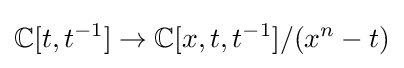
\mathbb {C} [t,t^{-1}]\to \mathbb {C} [x,t,t^{-1}]/(x^{n}-t)